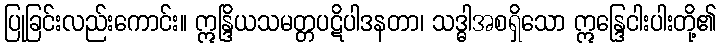
ပြုခြင်းလည်းကောင်း။ ဣန္ဒြိယသမတ္တပဋိပါဒနတာ၊ သဒ္ဓါအစရှိသော ဣန္ဒြေငါးပါးတို့၏